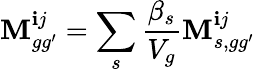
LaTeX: \mathbf{M}_{gg^{\prime}}^{\mathbf{i}j}=\sum_{s}\frac{{\beta_{s}}}{{V_{g}}}\mathbf{M}_{s,gg^{\prime}}^{\mathbf{i}j}